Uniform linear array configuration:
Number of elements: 8
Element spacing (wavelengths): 0.75
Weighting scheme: hann
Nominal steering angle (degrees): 15
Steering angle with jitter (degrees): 15.248
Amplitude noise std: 0.05
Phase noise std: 0.05

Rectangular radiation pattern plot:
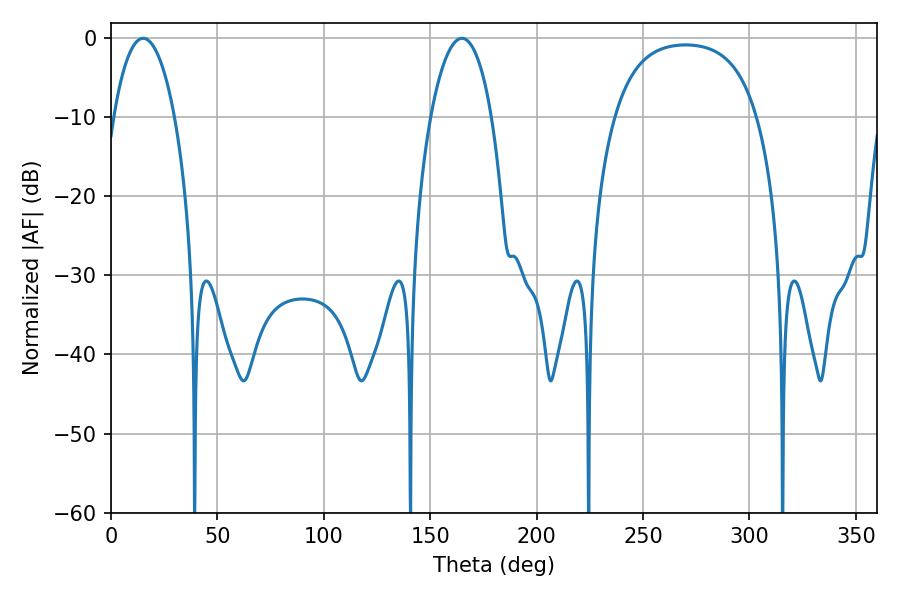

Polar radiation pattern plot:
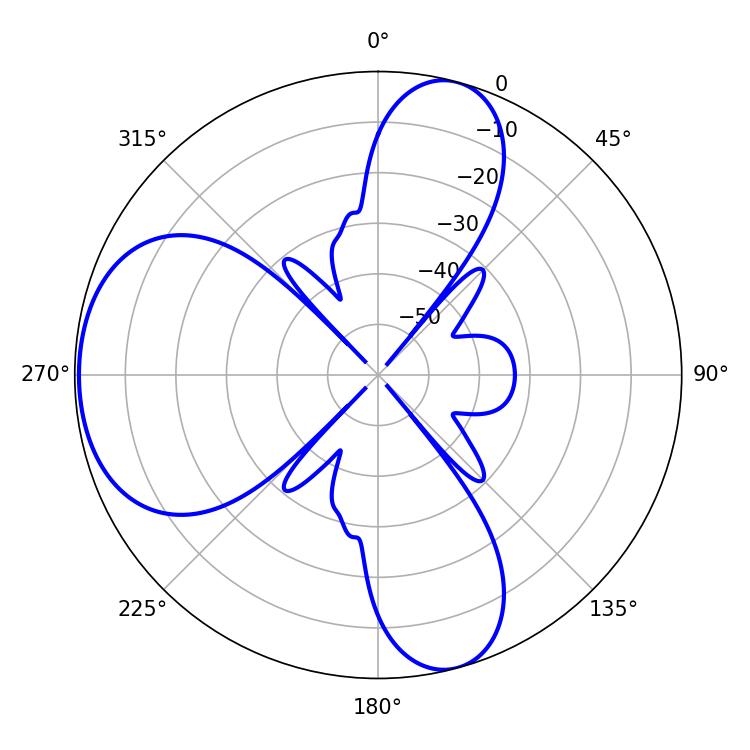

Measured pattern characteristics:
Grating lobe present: TRUE
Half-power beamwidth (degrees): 16.02
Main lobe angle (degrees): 15.12